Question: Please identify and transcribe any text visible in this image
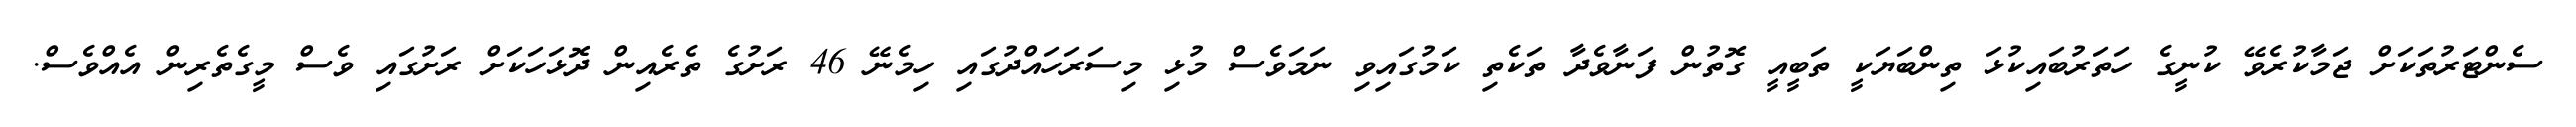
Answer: ސެންޓަރުތަކަށް ޖަމާކުރެވޭ ކުނީގެ ހަތަރުބައިކުޅަ ތިންބަޔަކީ ތަބީއީ ގޮތުން ފަނާވެދާ ތަކެތި ކަމުގައިވި ނަމަވެސް މުޅި މިސަރަހައްދުގައި ހިމެނޭ 46 ރަށުގެ ތެރެއިން ދޮޅަހަކަށް ރަށުގައި ވެސް މީގެތެރިން އެއްވެސް.